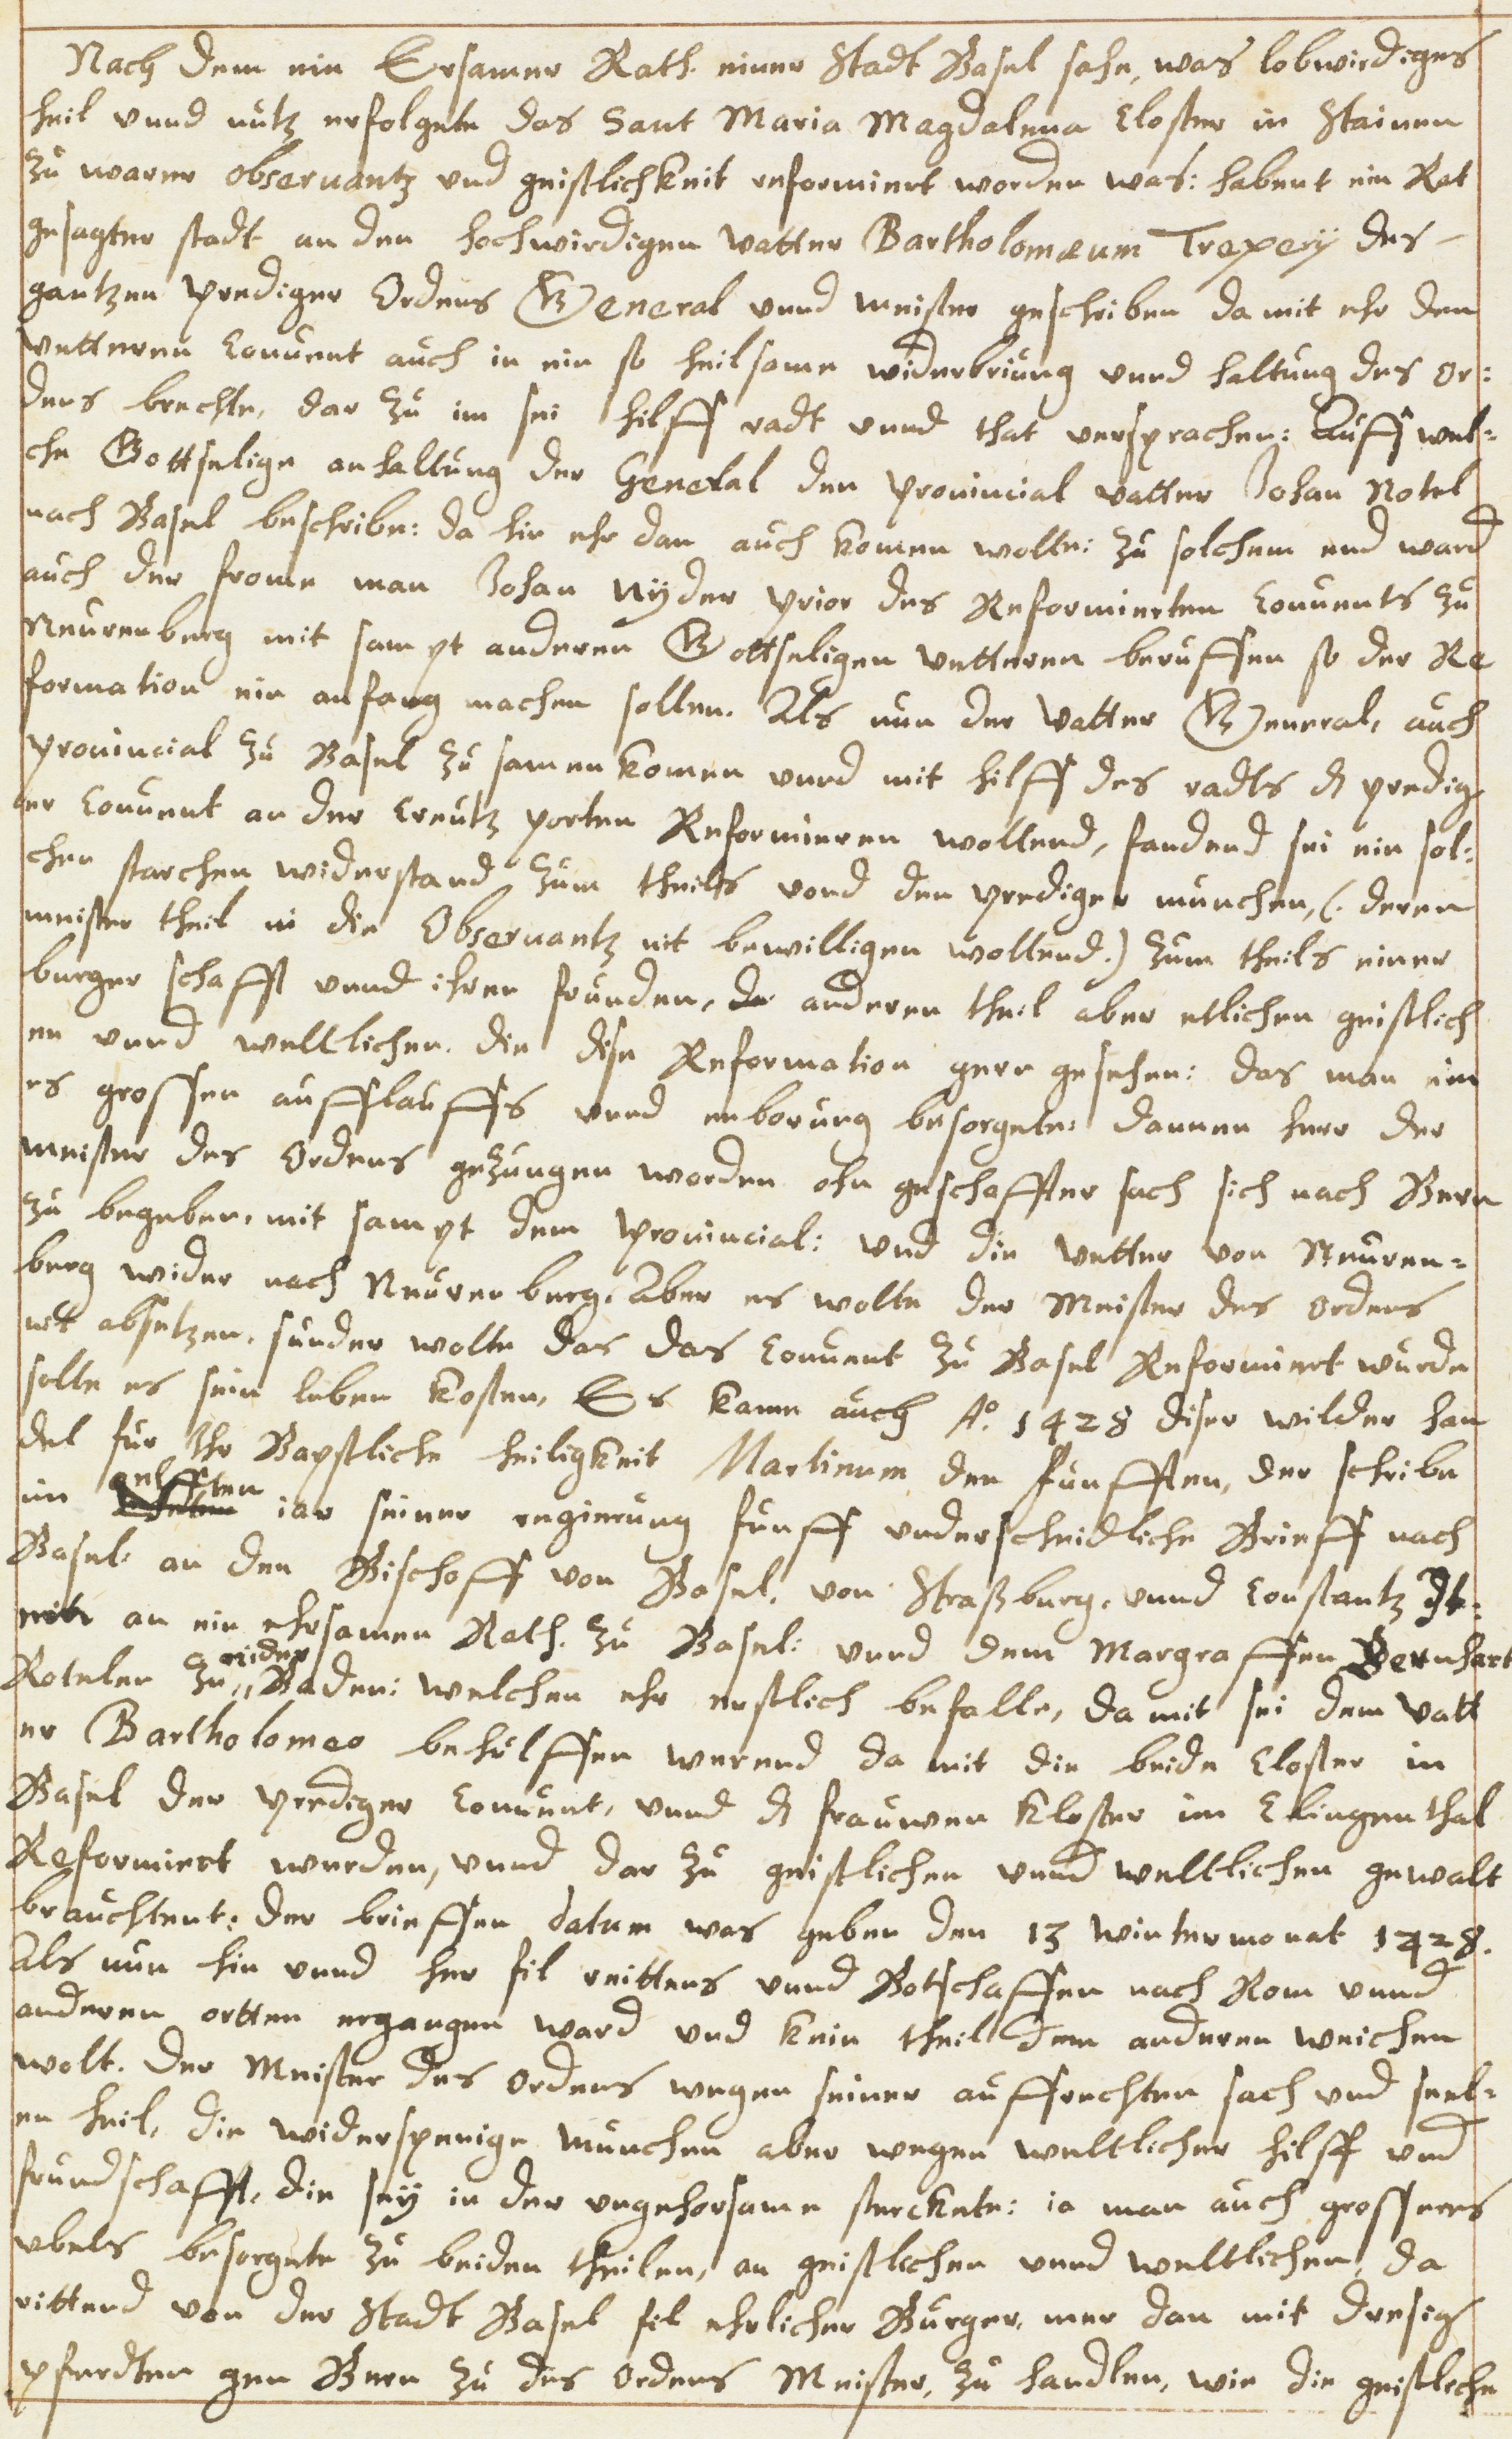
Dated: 1614–1638